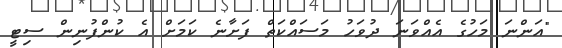
"އަންނަ މަހުގެ އެއްވަނަ ދުވަހު މަސައްކަތް ފަށާނެ ކަމަށް އެ ކުންފުނިން ސިޓީ